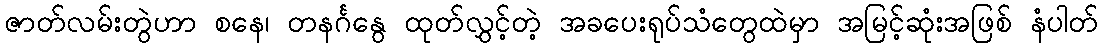
ဇာတ်လမ်းတွဲဟာ စနေ၊ တနင်္ဂနွေ ထုတ်လွှင့်တဲ့ အခပေးရုပ်သံတွေထဲမှာ အမြင့်ဆုံးအဖြစ် နံပါတ်